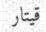
قيتار